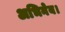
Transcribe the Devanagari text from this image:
अभिनेय।